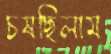
চষছিলাম